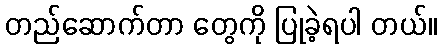
တည်ဆောက်တာ တွေကို ပြုခဲ့ရပါ တယ်။